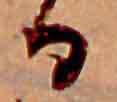
る